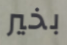
بخير